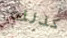
كذلك